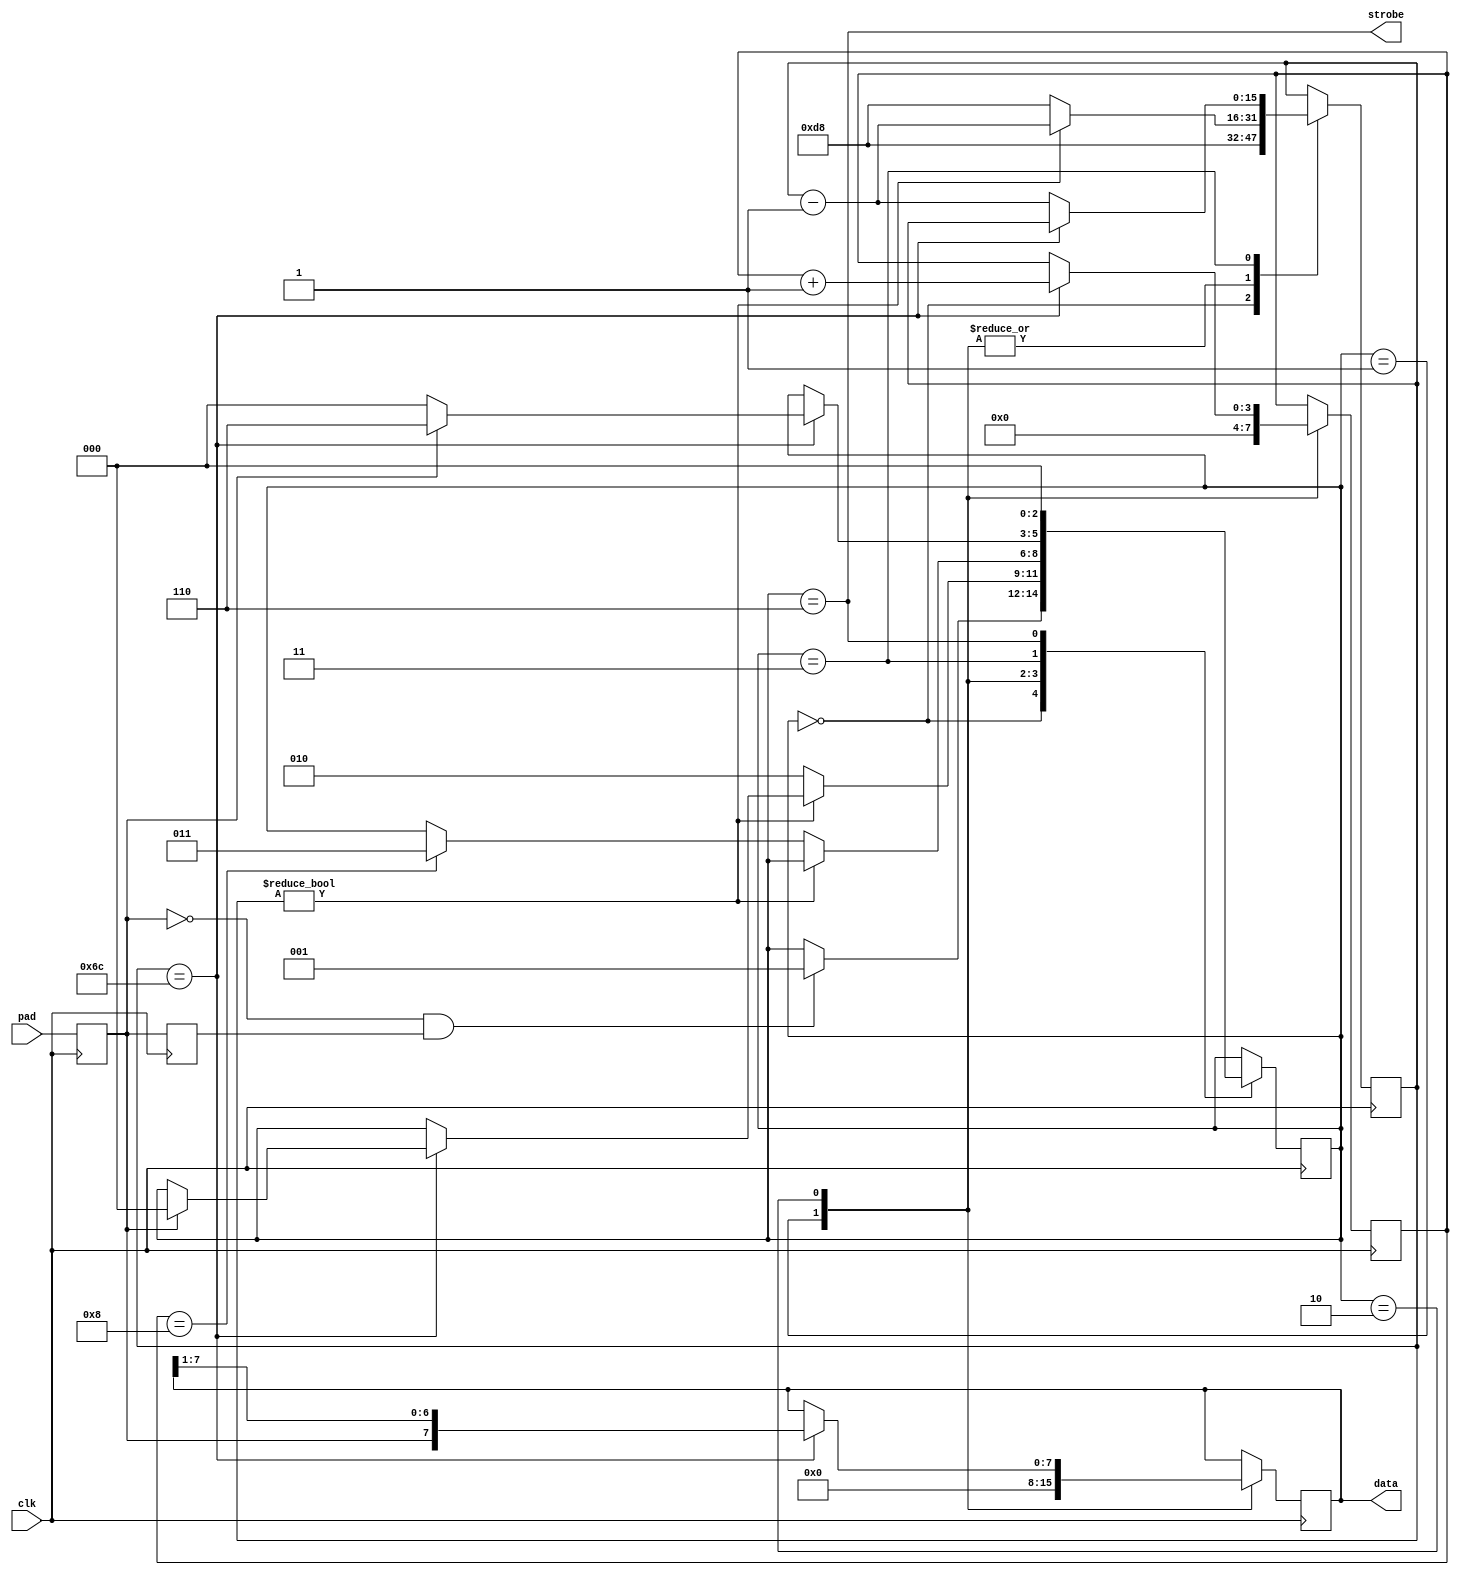
/*
 * JR-IDE Project
 * - (c) 2017 Alan Hightower
 *
 * This program is free software: you can redistribute it and/or modify
 * it under the terms of the GNU General Public License as published by
 * the Free Software Foundation, either version 3 of the License, or
 * (at your option) any later version.
 *
 * This program is distributed in the hope that it will be useful,
 * but WITHOUT ANY WARRANTY; without even the implied warranty of
 * MERCHANTABILITY or FITNESS FOR A PARTICULAR PURPOSE.  See the
 * GNU General Public License for more details.
 *
 * You should have received a copy of the GNU General Public License
 * along with this program.  If not, see <http://www.gnu.org/licenses/>.
 */

`define state_IDLE    3'b000
`define state_START   3'b001
`define state_SHIFT   3'b010
`define state_STOP    3'b011
`define state_STOP2   3'b100
`define state_STOP3   3'b101
`define state_WRITE   3'b110

/* verilator lint_off DECLFILENAME */
/* verilator lint_off WIDTH */
/* verilator lint_off CASEINCOMPLETE */
module uart_rx #(
	parameter CLK_FREQ = 25000000,
	parameter BAUD_RATE = 115200
)
(
	input        clk,

	input        pad,

	output [7:0] data,
	output       strobe
);

	localparam DIVISOR = CLK_FREQ / BAUD_RATE;

	reg  [7:0] rsr     = 8'h00;        // Receiver Shift Register
	reg  [3:0] bitcnt  = 4'h0;         // # of bits shifted in so far
	reg  [2:0] state   = `state_IDLE;  // Current FSM state
	reg [15:0] counter = 16'h0000;     // Bit hold counter - from divisor

	assign data = rsr;

	// Buffered & delayed input for start bit edge detection

	reg pad_d0 = 1'b1;
	reg pad_d1 = 1'b1;

	always @(posedge clk)
	begin 
		pad_d0 <= pad;
		pad_d1 <= pad_d0;
	end 

	always @(posedge clk)
	begin 

		case (state)
		`state_IDLE:
		begin
			if (~pad_d0 & pad_d1) // falling edge
				state <= `state_START;

			counter <= DIVISOR - 1; 
		end  

		`state_START:
		begin
			if (counter == (DIVISOR/2))
			begin
				if (pad_d0)
					state <= `state_IDLE;
			end

			rsr    <= 0;
			bitcnt <= 4'h0;

			if (counter)
				counter <= counter - 1;
			else
			begin
				state   <= `state_SHIFT;
				counter <= DIVISOR - 1;
			end
		end            

		`state_SHIFT:
		begin
			if (counter == (DIVISOR/2))
			begin
				rsr    <= { pad_d0, rsr[7:1] };
				bitcnt <= bitcnt + 1; 
			end

			if (counter)
				counter <= counter - 1;
			else
			begin
				if (bitcnt == 8)
					state <= `state_STOP;
					counter <= DIVISOR - 1;
			end
		end

		`state_STOP:
		begin  
			if (counter == (DIVISOR/2))
			begin
				if (~pad_d0) // Stop bit invalid - ignore byte
					state <= `state_IDLE;
				else
					state <= `state_WRITE;
			end
			else
				counter <= counter - 1;
		end

		`state_WRITE:
			state <= `state_IDLE;

		endcase
	end

	assign strobe = (state == `state_WRITE);

endmodule


module uart_tx #(
	parameter CLK_FREQ = 25000000,
	parameter BAUD_RATE = 115200
)
(
	input       clk,

	input [7:0] data,
	input       strobe,

	output      pad,
	output      ready
);

	localparam DIVISOR = CLK_FREQ / BAUD_RATE;

	reg        pad_d0  = 1'b1;         // Current presentation bit
	reg  [7:0] tsr     = 8'h00;        // Transmit Shift Register
	reg  [3:0] bitcnt  = 4'h0;         // # of bits shifted out so far
	reg  [2:0] state   = `state_IDLE;  // Current FSM state
	reg [15:0] counter = 16'h0000;     // Bit hold counter - from divisor

	always @(posedge clk)
	begin

		case (state)
		`state_IDLE:
		begin

			pad_d0 <= 1'b1;

			if (strobe)
			begin
				state   <= `state_START;
				counter <= DIVISOR - 1;
				tsr     <= data;
				bitcnt  <= 0;
			end
		end


		`state_START:
		begin

			pad_d0 <= 1'b0;

			if (counter)
				counter <= counter - 1;
			else
			begin
				counter <= DIVISOR - 1;
				state   <= `state_SHIFT;
			end
		end

		`state_SHIFT:
		begin

			pad_d0 <= tsr[0];

			if (counter)
				counter <= counter - 1;
			else
			begin
				counter <= DIVISOR - 1;
				tsr     <= { 1'b0, tsr[7:1] };
				bitcnt  <= bitcnt + 1;

				if (bitcnt == 7)
					state <= `state_STOP;
			end
		end

		`state_STOP:
		begin

			pad_d0 <= 1'b1;

			if (counter)
				counter <= counter - 1;
			else
            begin
				state   <= `state_STOP2;
				counter <= DIVISOR - 1;
            end
		end

		`state_STOP2:
		begin

			if (counter)
				counter <= counter - 1;
			else
            begin
				state   <= `state_STOP3;
				counter <= DIVISOR - 1;
            end
		end

		`state_STOP3:
		begin

			if (counter)
				counter <= counter - 1;
			else
				state   <= `state_IDLE;
		end
		endcase
	end

	assign pad = pad_d0;
	assign ready = (state == `state_IDLE);

endmodule
/* lint_on */